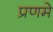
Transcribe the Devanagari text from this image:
प्रणमे